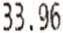
33.96